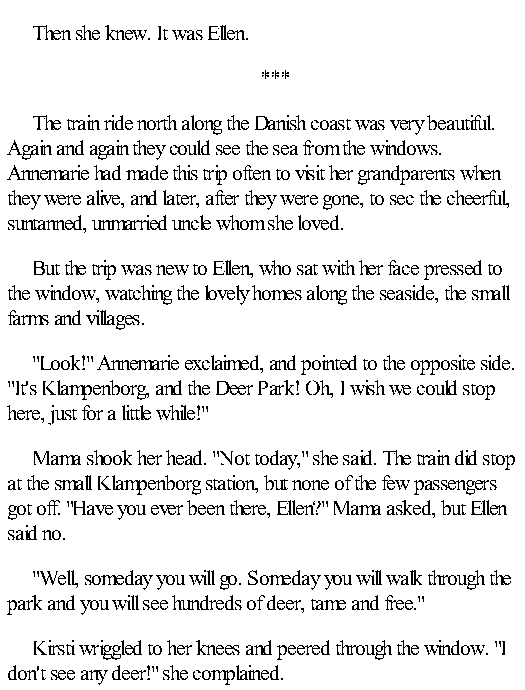
Then she knew. It was Ellen.
 ***
 The train ride north along the Danish coast was very beautiful.
 Again and again they could see the sea from the windows.
 Annemarie had made this trip often to visit her grandparents when
 they were alive, and later, after they were gone, to sec the cheerful,
 suntanned, unmarried uncle whom she loved.
 But the trip was new to Ellen, who sat with her face pressed to
 the window, watching the lovely homes along the seaside, the small
 farms and villages.
 "Look!" Annemarie exclaimed, and pointed to the opposite side.
 "It's Klampenborg, and the Deer Park! Oh, I wish we could stop
 here, just for a little while!"
 Mama shook her head. "Not today," she said. The train did stop
 at the small Klampenborg station, but none of the few passengers
 got off. "Have you ever been there, Ellen?" Mama asked, but Ellen
 said no.
 "Well, someday you will go. Someday you will walk through the
 park and you will see hundreds of deer, tame and free."
 Kirsti wriggled to her knees and peered through the window. "I
 don't see any deer!" she complained.